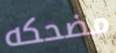
مضحكه